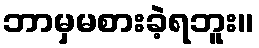
ဘာမှမစားခဲ့ရဘူး။